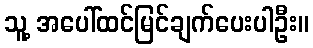
သူ့ အပေါ်ထင်မြင်ချက်ပေးပါဦး။